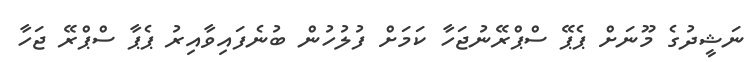
ނަޝީދުގެ މޫނަށް ޕެޕޭ ސްޕްރޭނުޖަހާ ކަމަށް ފުލުހުން ބުނެފައިވާއިރު ޕެޕާ ސްޕްރޭ ޖަހާ